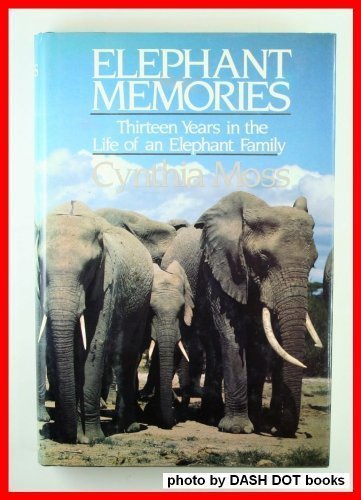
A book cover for Elephant Memories: Thirteen Years in the Life of an Elephant Family; Cynthia Moss; Sports & Outdoors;